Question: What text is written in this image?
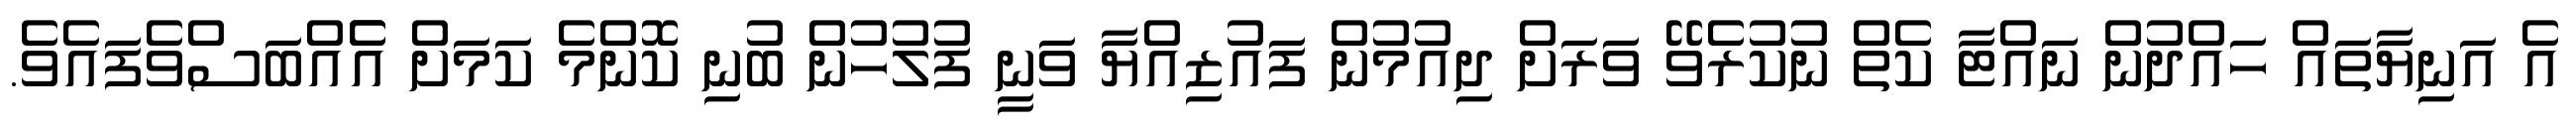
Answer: އެ އަނިޔާތައް ހައްދުން ނައްޓާ ކެތް ނުކުރެވޭ ވަރަށް ދިއުމުން ފައުޒިއްޔާ ވަނީ ފުލުހުން ބުނި ކޮންމެ ކަމަށް އެެއްބަސްވެފައެވެ.